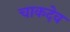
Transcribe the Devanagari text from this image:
चाकदेव